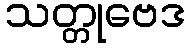
သတ္တုဗေဒ